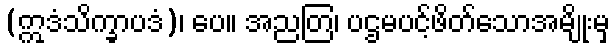
(ဣဒံသိက္ခာပဒံ)၊ ပေ။ အညတြ၊ ပဌမပင့်ဖိတ်သောအမျိုးမှ